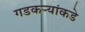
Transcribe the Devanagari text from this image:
गडकऱ्यांकडे